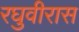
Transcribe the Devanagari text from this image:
रघुवीरास